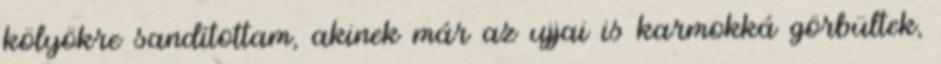
kölyökre sandítottam, akinek már az ujjai is karmokká görbültek,